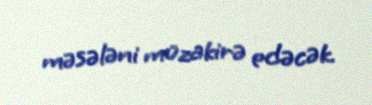
məsələni müzakirə edəcək.